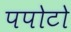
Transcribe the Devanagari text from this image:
पपोटो